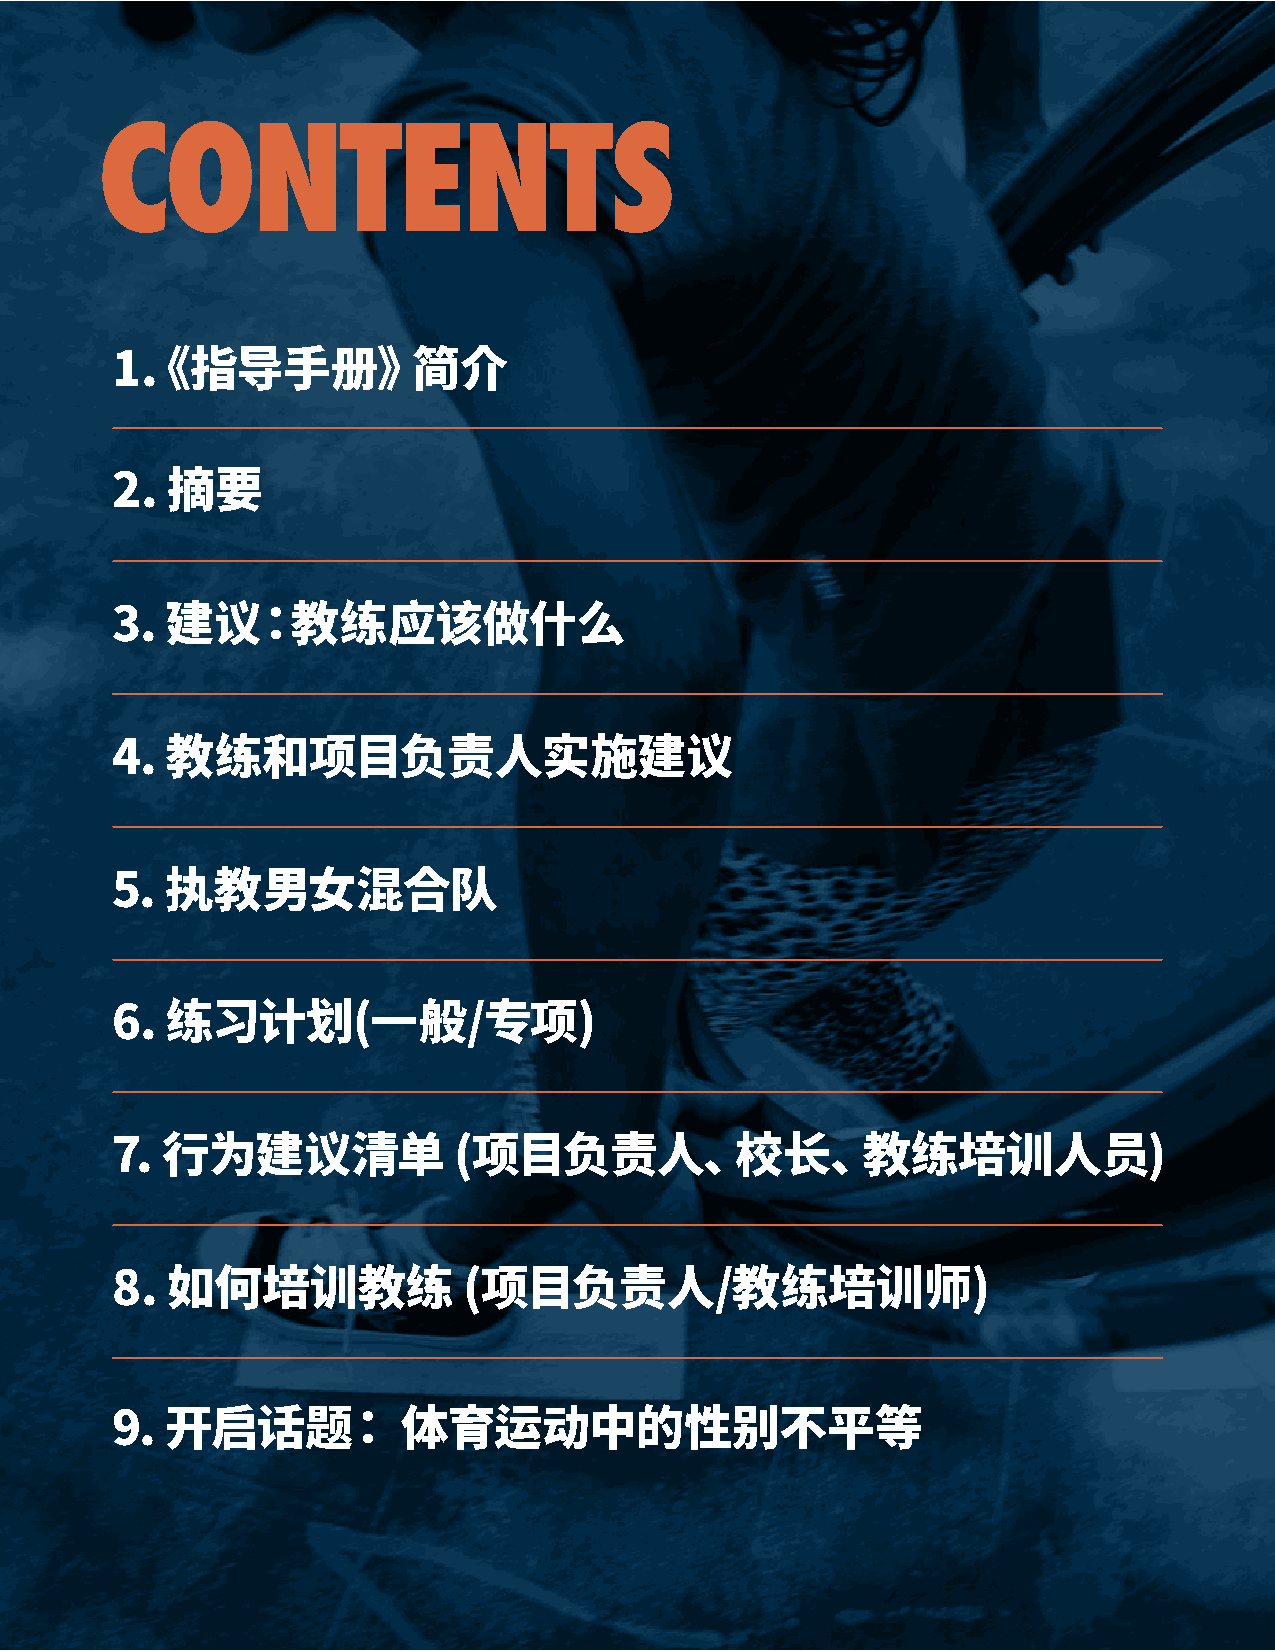
CONTENTS
 1.《指导手册》简介
 2.  摘要
 3.  建议：教练应该做什么
 4.  教练和项目负责人实施建议
 5.  执教男女混合队
 6.  练习计划(一般/专项)
 7.  行为建议清单             (项目负责人、校长、教练培训人员)
 8.  如何培训教练              (项目负责人/教练培训师)
 9.  开启话题：           体育运动中的性别不平等
 2                                       2